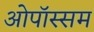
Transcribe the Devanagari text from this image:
ओपॉस्सम